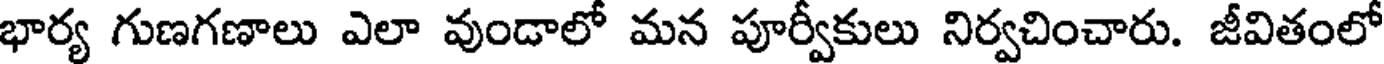
భార్య గుణగణాలు ఎలా వుండాలో మన పూర్వీకులు నిర్వచించారు. జీవితంలో